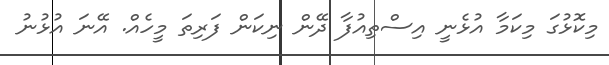
މިކޮޅުގަ މިކަމާ އުޅެނީ އިސްތިއުފާ ދޭން ނިކަން ފަރިތަ މީހެއް. އޭނަ އުޅުނު